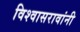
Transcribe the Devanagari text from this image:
विश्वासरावांनी